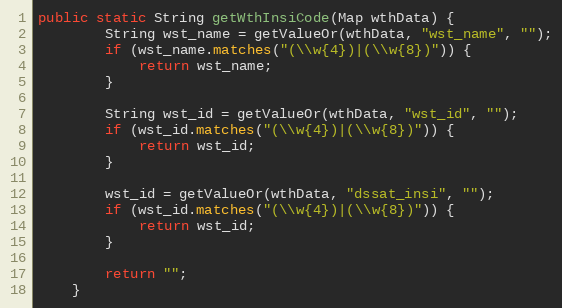
Language: Java
public static String getWthInsiCode(Map wthData) {
        String wst_name = getValueOr(wthData, "wst_name", "");
        if (wst_name.matches("(\\w{4})|(\\w{8})")) {
            return wst_name;
        }

        String wst_id = getValueOr(wthData, "wst_id", "");
        if (wst_id.matches("(\\w{4})|(\\w{8})")) {
            return wst_id;
        }

        wst_id = getValueOr(wthData, "dssat_insi", "");
        if (wst_id.matches("(\\w{4})|(\\w{8})")) {
            return wst_id;
        }

        return "";
    }